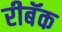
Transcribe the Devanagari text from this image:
रीबॅक